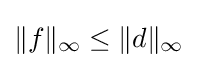
\|f\|_{\infty }\leq \|d\|_{\infty }